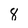
Character: 8